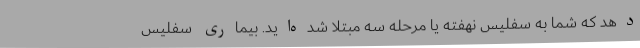
دهد که شما به سفلیس نهفته یا مرحله سه مبتلا شده‌اید. بیماری سفلیس